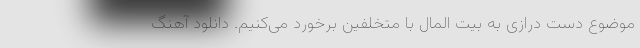
موضوع دست درازی به بیت المال با متخلفین برخورد می‌کنیم. دانلود آهنگ